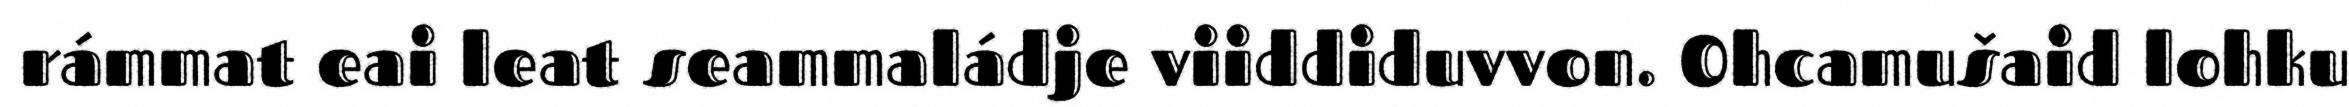
rámmat eai leat seammaládje viiddiduvvon. Ohcamušaid lohku